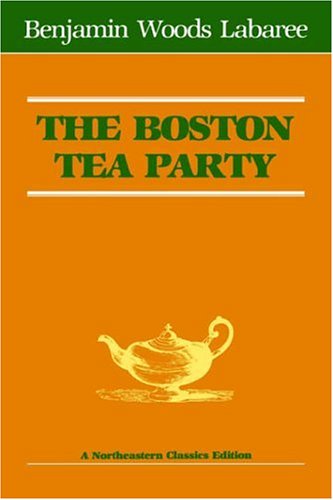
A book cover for The Boston Tea Party (Northeastern Classics Edition); Benjamin Woods Labaree; Travel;